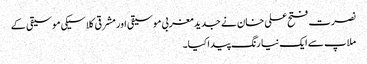
نصرت فتح علی خان نے جدید مغربی موسیقی اور مشرقی کلاسیکی موسیقی کے
ملاپ سے ایک نیا رنگ پیدا کیا۔